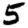
Digit: 5